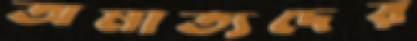
অমাত্যদের